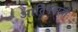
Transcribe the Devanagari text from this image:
आतिषबाजी